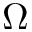
\Omega